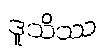
ဒူသိဿ